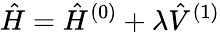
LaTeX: \hat{H}=\hat{H}^{(0)}+\lambda\hat{V}^{(1)}